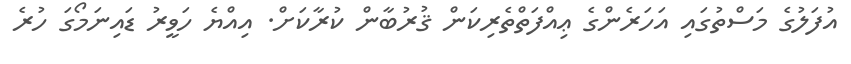
އުފަލުގެ މަސްތުގައި އަހަރެންގެ ޢިއްފަތްތެރިކަން ޤުރުބާން ކުރާކަށް. އިއްޔެ ހަވީރު ޑައިނަމޯގަ ހުރެ